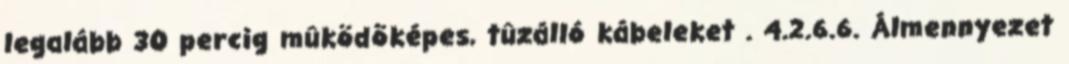
legalább 30 percig mûködõképes, tûzálló kábeleket . 4.2.6.6. Álmennyezet